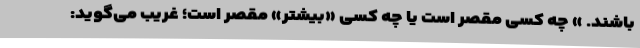
باشند. » چه کسی مقصر است یا چه کسی «بیشتر» مقصر است؛ غریب می‌گوید: